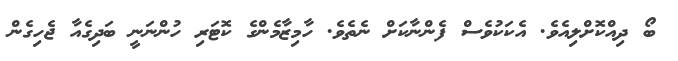
ބޯ ދިއްކޮށްލިއެވެ. އެކަކުވެސް ފެންނާކަށް ނެތެވެ. ހާމިޒާމެންގެ ކޮޓަރި ހުންނަނީ ބަދިގެއާ ޖެހިގެން